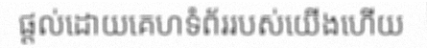
ផ្តល់ដោយគេហទំព័ររបស់យើងហើយ